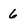
Character: 6